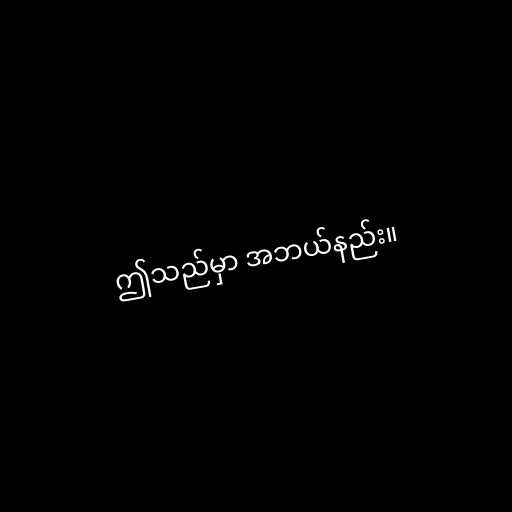
ဤသည်မှာ အဘယ်နည်း။